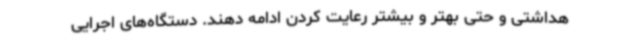
هداشتی و حتی بهتر و بیشتر رعایت کردن ادامه دهند. دستگاه‌های اجرایی